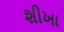
શીખા